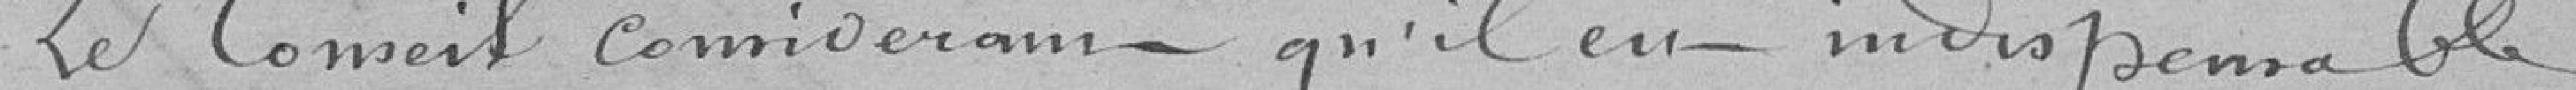
Le Comeil comiveram - qu'il en - indispensable